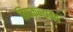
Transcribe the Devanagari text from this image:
विषकन्यका